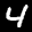
Label: 4